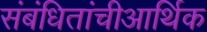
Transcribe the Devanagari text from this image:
संबंधितांचीआर्थिक